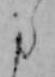
た